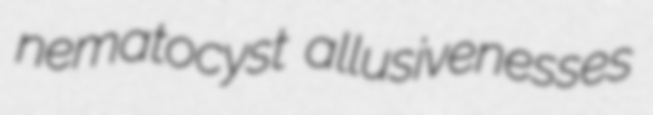
nematocyst allusivenesses